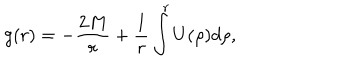
g ( r ) = - { \frac { 2 M } { r } } + { \frac { 1 } { r } } \int _ { } ^ { r } U ( \rho ) d \rho ,